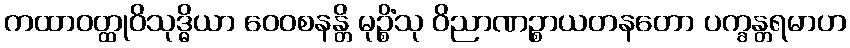
ကထာဝတ္ထုဝိသုဒ္ဓိယာ ဝေဝစနန္တိ မုဉ္စိံသု ဝိညာဏဉ္စာယတနတော ပက္ခန္တရမာဟ